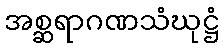
အစ္ဆရာဂဏသံဃုဋ္ဌံ